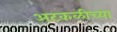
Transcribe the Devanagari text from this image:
अटकळीच्या